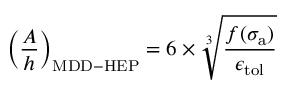
\left( \frac { A } { h } \right) _ { \mathrm { { M D D - H E P } } } = 6 \times \sqrt [ 3 ] { \frac { f ( \sigma _ { \mathrm { { a } } } ) } { \epsilon _ { \mathrm { { t o l } } } } }